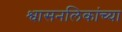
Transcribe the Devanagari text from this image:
श्वासनलिकांच्या